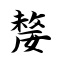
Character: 嫠